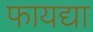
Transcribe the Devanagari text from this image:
फायद्या